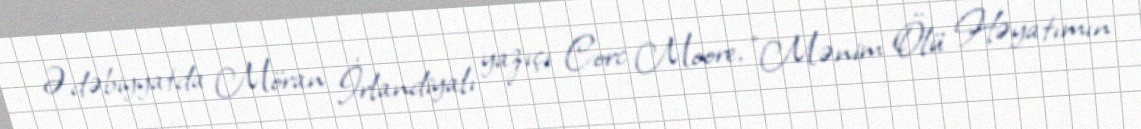
Ədəbiyyatda Möran İrlandiyalı yazıçı Corc Moore, "Mənim Ölü Həyatımın